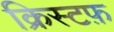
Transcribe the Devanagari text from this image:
क्रिस्टफ़